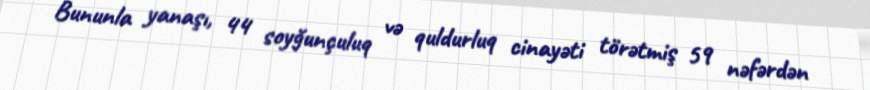
Bununla yanaşı, 44 soyğunçuluq və quldurluq cinayəti törətmiş 59 nəfərdən